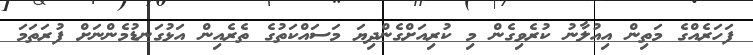
ފަހަރެއްގެ މަތިން އިއުލާނު ކުރެވިގެން މި ކުރިއަށްގެންދިޔަ މަސައްކަތުގެ ތެރެއިން އަޅުގަނޑުމެންނަށް ފުރަތަަމަ